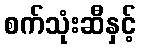
စက်သုံးဆီနှင့်